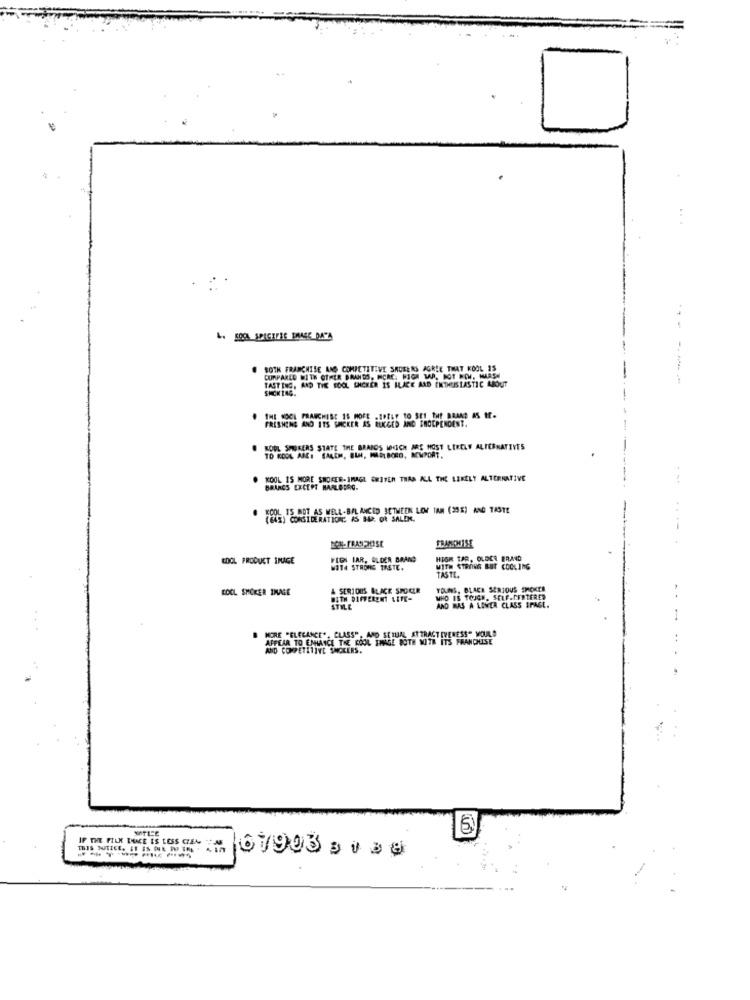
SOTK FRANCHISE AND COMPETITIVE SHOTERS AGREE THAT KOOL 15
CURPARED WITH OTHER BRANDS, MCRC. HIGH WAR, NOT POW, MAASH
TASTING, AND THE BOCL ENCKER IS BLACK AND ENTHUSIASTIC ABOUT
------
SHCKTAG.
FRISNENE AND ITS SACKER AS RUCEED AND BROCPENDENT.
KOPL SMOKERS STATE THE BRANDS INCICH ARE MOST LIKELY ALTERNATIVES
TO KOOL AB: SALEM, EIN, MARLBORO, NEWPORT.
KOOL IS MORE SHOREE-IMAGE GRITEN THAS ALL THE LIKELY ALTERNATIVE
---
BRAKES EXCEPT MARLBORO.
KOOL, IS NOT AS WELL-BALANCED BETWEEN LOW TAR (25%) AND TASTE
FRANCHISE
EDOL PRODUCT IMAGE
FIGI LAR, ALDER BRAND
HIGR TAR, OLDER BRAND
WAT4 STRONG TASTE.
TASTE.
WITH STRONG BUT COOLING
LOCL SMOKER IMAGE
A SERIOUS BLACK SPOCER
YOUNG, BLACK SERIOUS SHCKER
WITH DIFFERENT LETE-
WHO IS TOUGH, SELF.CERTERED
STILL
AND WAS A LOWER CLASS SPAGE.
MORE "ELEGANCE" , CLASS", AND SETUIAL ATTRACTIVENESS" MOULD
APPEAR TO ENHANCE THE KOOL THAGE BOTH WITH ITS FRANCHISE
..
AND COMPETITIVE SMOKERS.
STEEE
IF THE FILM BANCE IS LESS GUEL
THIS NOTICE. ET FS FHER BU EHL
-------
67903 3 0 36